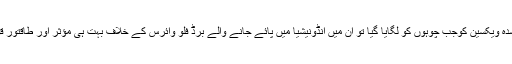
اس طریقے سے تیار شدہ ویکسین کوجب چوہوں کو لگایا گیا تو ان میں انڈونیشیا میں پائے جانے والے برڈ فلو وائرس کے خلاف بہت ہی مؤثر اور طاقتور قوت مدافعت پیدا ہوگئی۔